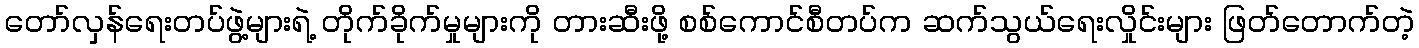
တော်လှန်ရေးတပ်ဖွဲ့များရဲ့ တိုက်ခိုက်မှုများကို တားဆီးဖို့ စစ်ကောင်စီတပ်က ဆက်သွယ်ရေးလှိုင်းများ ဖြတ်တောက်တဲ့